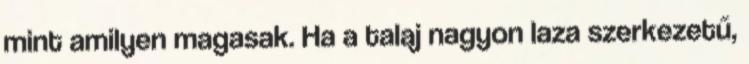
mint amilyen magasak. Ha a talaj nagyon laza szerkezetű,